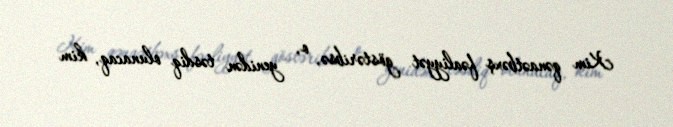
Kim qənaətbəxş fəaliyyət göstəribsə, o, yenidən təsdiq olunacaq, kim